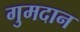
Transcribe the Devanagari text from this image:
गुमदान